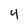
Character: 4